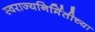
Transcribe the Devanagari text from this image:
स्वराज्यनिर्मितीच्या